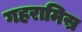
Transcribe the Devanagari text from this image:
गहरामिस्र